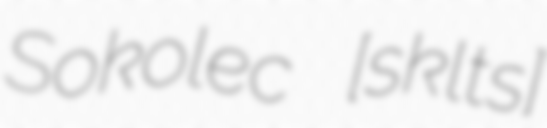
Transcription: Sokolec [sɔˈkɔlɛt͡s]